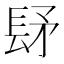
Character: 𨱨